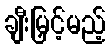
ချီးမြှင့်မည့်